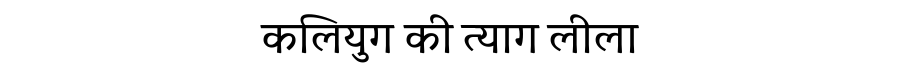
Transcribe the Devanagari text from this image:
कलियुग की त्याग लीला